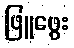
ဖြူဖွေး